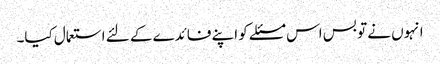
انہوں نے تو بس اس مسئلے کو اپنے فائدے کے لئے استعمال کیا۔